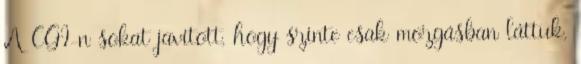
A CGI-n sokat javított, hogy szinte csak mozgásban láttuk,